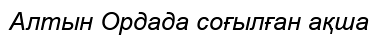
Алтын Ордада соғылған ақша